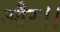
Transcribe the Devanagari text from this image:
और।।